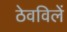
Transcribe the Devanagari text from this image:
ठेवविलें